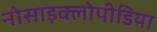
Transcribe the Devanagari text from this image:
नोसाइक्लोपीडिया